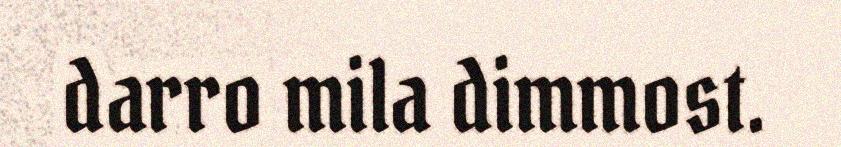
darro mila dimmost.